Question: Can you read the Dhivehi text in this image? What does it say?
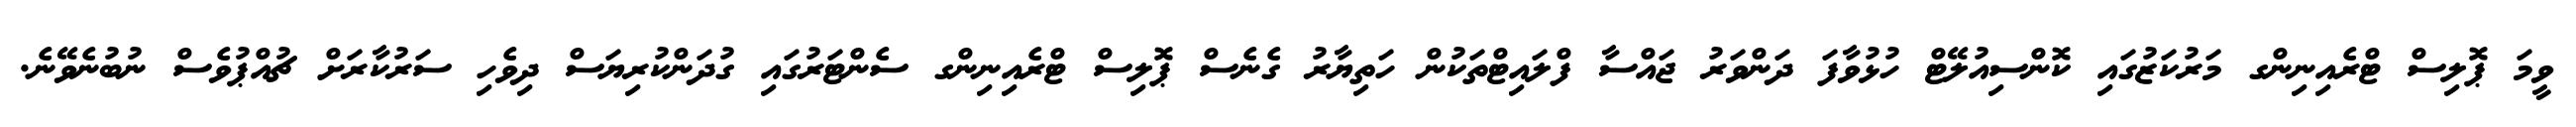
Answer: ވީމަ ޕޮލިސް ޓްރެއިނިންގ މަރުކަޒުގައި ކޮންސިއުލޭޓް ހުޅުވާފަ ދަންވަރު ޖައްސާ ފްލައިޓްތަކުން ހަތިޔާރު ގެނެސް ޕޮލިސް ޓްރެއިނިންގ ސެންޓަރުގައި ގުދަންކުރިޔަސް ދިވެހި ސަރުކާރަށް ޗުއްޕުވެސް ނުބުނެވޭނެ.